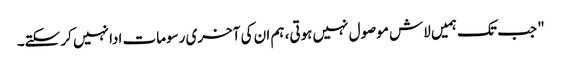
" جب تک ہمیں لاش موصول نہیں ہوتی، ہم ان کی آخری رسومات ادا نہیں کر سکتے۔